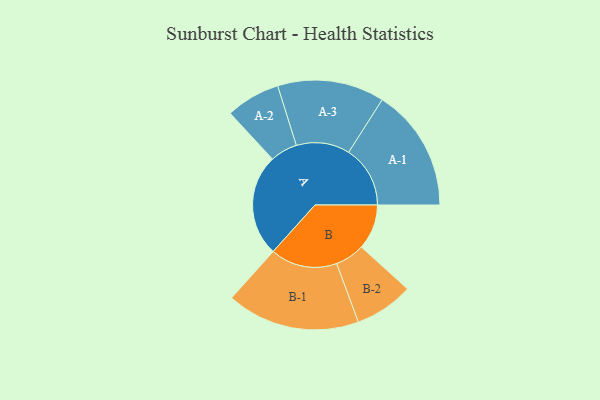
{"axis": {"x": "Segment", "y": "Value"}, "legend": ["", "A", "B"], "data": [{"x": "A", "y": 454, "type": ""}, {"x": "B", "y": 201, "type": ""}, {"x": "A-1", "y": 274, "type": "A"}, {"x": "A-2", "y": 121, "type": "A"}, {"x": "A-3", "y": 238, "type": "A"}, {"x": "B-1", "y": 297, "type": "B"}, {"x": "B-2", "y": 131, "type": "B"}]}